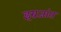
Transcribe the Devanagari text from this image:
इंग्रजांत